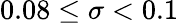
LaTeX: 0.08\leq\sigma<0.1